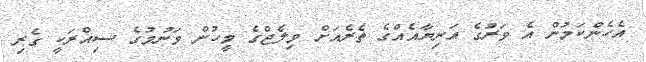
އެހެންކަމުން އެ ވަރުގެ އަނިޔާއެއްގެ ތެރެއަށް ވިލެޖްގެ މީހުން ވަނުމުގެ ސިއްރަކީ ގެރި